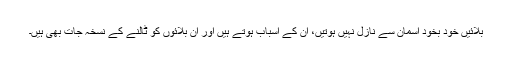
بلائیں خود بخود آسمان سے نازل نہیں ہوتیں، ان کے اسباب ہوتے ہیں اور ان بلائوں کو ٹالنے کے نسخہ جات بھی ہیں۔